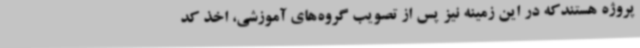
پروژه هستندکه در این زمینه نیز پس از تصویب گروه‌های آموزشی، اخذ کد